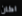
اكان